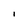
Character: I